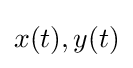
x(t),y(t)